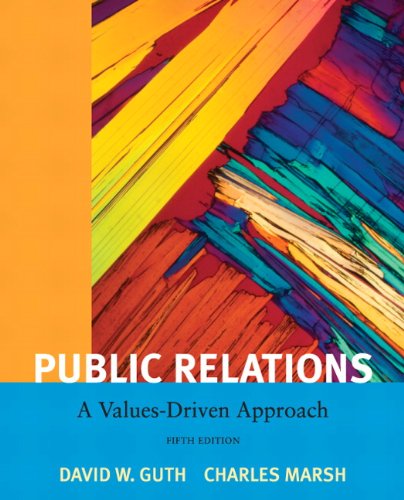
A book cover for Public Relations: A Value Driven Approach (5th Edition); David W. Guth; Business & Money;